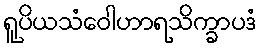
ရူပိယသံဝေါဟာရသိက္ခာပဒံ